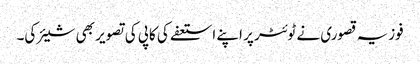
فوزیہ قصوری نے ٹوئٹر پر اپنے استعفے کی کاپی کی تصویر بھی شیئر کی۔